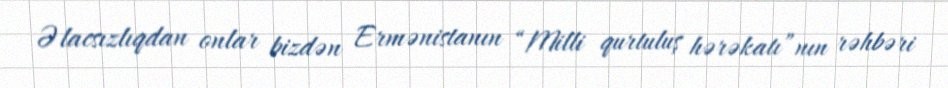
Əlacsızlıqdan onlar bizdən Ermənistanın “Milli qurtuluş hərəkatı”nın rəhbəri